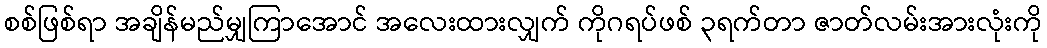
စစ်ဖြစ်ရာ အချိန်မည်မျှကြာအောင် အလေးထားလျှက် ကိုဂရပ်ဖစ် ၃ရက်တာ ဇာတ်လမ်းအားလုံးကို